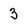
Character: 3